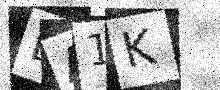
Text: LA1K